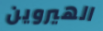
الهيروين